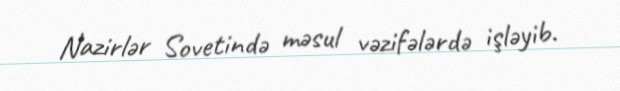
Nazirlər Sovetində məsul vəzifələrdə işləyib.